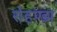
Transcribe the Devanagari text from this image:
रोहण्डा